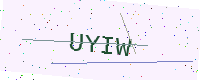
Text: UYIW